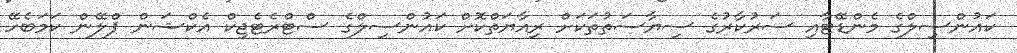
ކައުންސިލްގެ މެންޑޭޓާއި ސަރުކާރުގެ ސިޔާސަތުތަކަށް ރިއާޔަތްކޮށް ކައުންސިލްގެ ސްޓްރެޓެޖިކް އެކްޝަން ޕްލޭން ކަމަބެހޭ